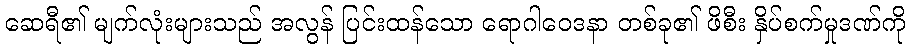
ဆေရီ၏ မျက်လုံးများသည် အလွန် ပြင်းထန်သော ရောဂါဝေဒနာ တစ်ခု၏ ဖိစီး နှိပ်စက်မှုဒဏ်ကို